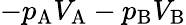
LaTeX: -p_{\mathrm{{A}}}V_{\mathrm{{A}}}-p_{\mathrm{{B}}}V_{\mathrm{{B}}}